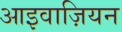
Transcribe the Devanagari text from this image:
आइवाज़ियन